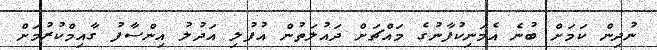
ނުދިން ކަމަށް ބުނެ އެމަނިކުފާނުގެ މައްޗަށް ދައުލަތުން އުފުލި އަދުލު އިންސާފު ގާއިމްކުރުމަށް